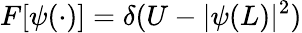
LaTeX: F\lbrack\psi(\cdot)\rbrack=\delta(U-\vert\psi(L)\vert^{2})